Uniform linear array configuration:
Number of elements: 16
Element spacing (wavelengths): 0.75
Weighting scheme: uniform
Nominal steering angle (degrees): -30
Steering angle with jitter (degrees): -31.322
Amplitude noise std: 0.05
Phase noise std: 0.05

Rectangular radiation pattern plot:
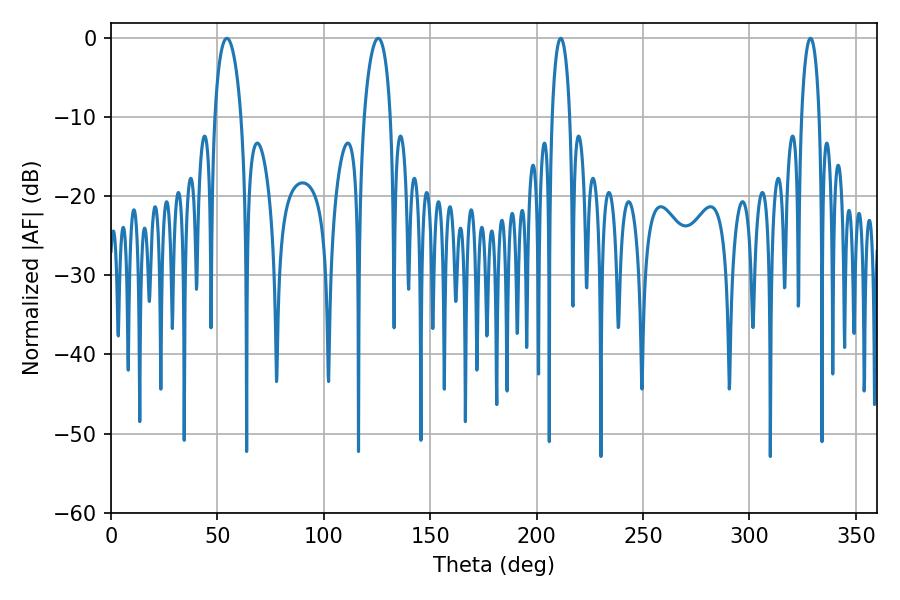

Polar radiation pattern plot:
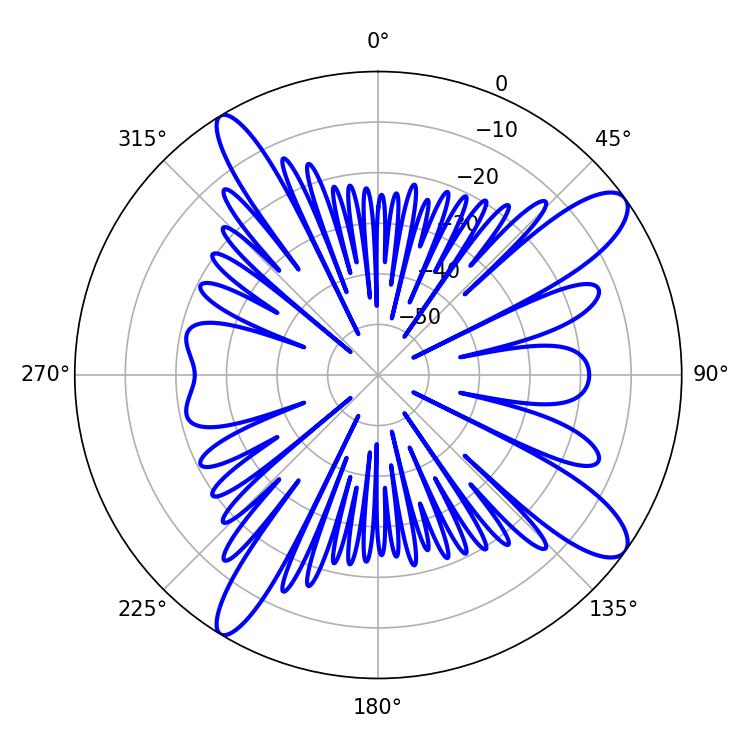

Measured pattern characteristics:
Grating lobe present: TRUE
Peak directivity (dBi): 11.975
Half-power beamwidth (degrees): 4.68
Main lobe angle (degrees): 211.32